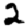
Digit: 2